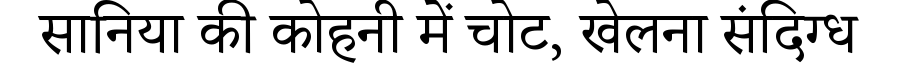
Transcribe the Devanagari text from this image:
सानिया की कोहनी में चोट, खेलना संदिग्ध